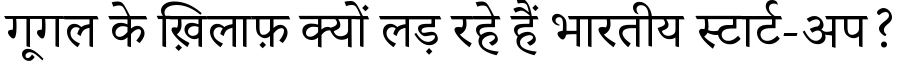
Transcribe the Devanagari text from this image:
गूगल के ख़िलाफ़ क्यों लड़ रहे हैं भारतीय स्टार्ट-अप?